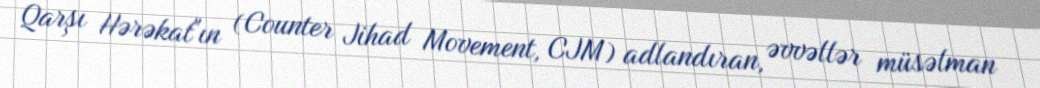
Qarşı Hərəkat"ın (Counter Jihad Movement, CJM) adlandıran, əvvəllər müsəlman